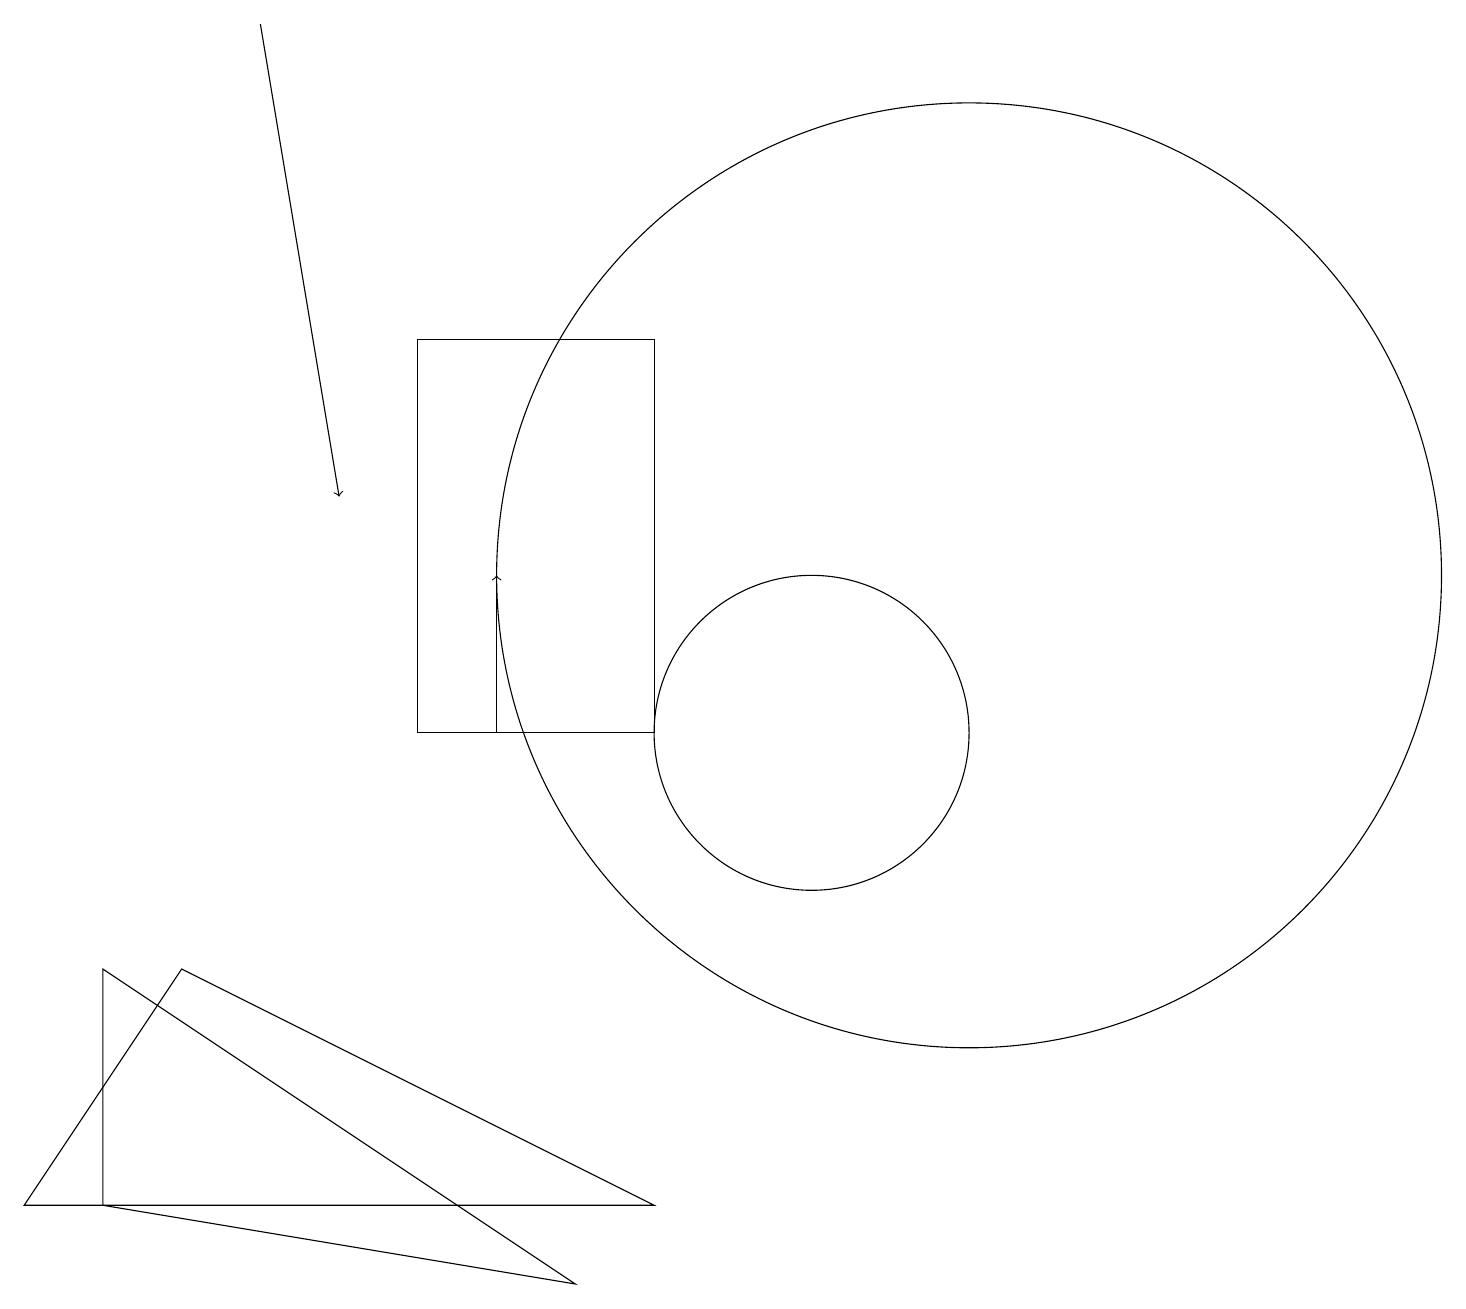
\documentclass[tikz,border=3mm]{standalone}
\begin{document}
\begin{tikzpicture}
\draw[->] (6,10) -- (6,12);
\draw (10,10) circle (2);
\draw (2,7) -- (0,4) -- (8,4) -- cycle;
\draw (5,15) rectangle (8,10);
\draw[->] (3,19) -- (4,13);
\draw (7,3) -- (1,4) -- (1,7) -- cycle;
\draw (12,12) circle (6);
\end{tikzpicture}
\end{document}